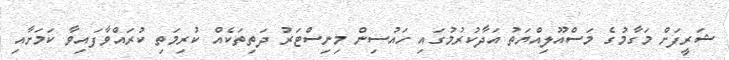
ޝަރީފަށް މަގާމުގެ މަސްއޫލިއްޔަތު އަދާކުރުމުގައި ހައުސިން މިނިސްޓަރު ދަތިތަކެއް ކުރިމަތި ކުރައްވާފައިވާ ކަމަށާއި